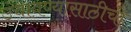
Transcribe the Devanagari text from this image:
उंचावण्यासाठीची